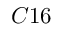
C 1 6